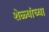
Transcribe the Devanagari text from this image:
शेळ्यांच्या